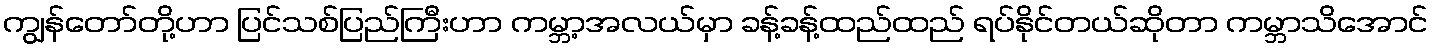
ကျွန်တော်တို့ဟာ ပြင်သစ်ပြည်ကြီးဟာ ကမ္ဘာ့အလယ်မှာ ခန့်ခန့်ထည်ထည် ရပ်နိုင်တယ်ဆိုတာ ကမ္ဘာသိအောင်